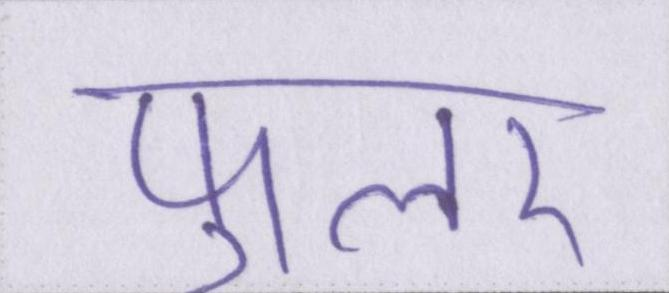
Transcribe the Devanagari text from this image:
फुलर